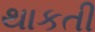
થાકતી